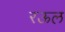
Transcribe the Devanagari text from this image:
रऊल